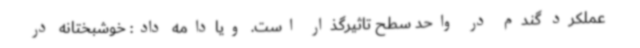
عملکرد گندم در واحد سطح تاثیرگذار است. ویادامه داد: خوشبختانه در